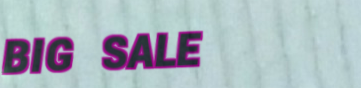
BIG SALE